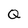
Character: Q